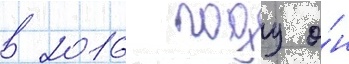
в 2016 году о́н